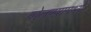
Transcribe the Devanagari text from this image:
बोलण्यामध्ये